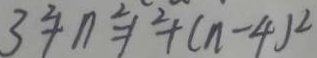
3 ^ { 2 } + n ^ { 2 } = 1 ^ { 2 } + ( n - 4 ) ^ { 2 }